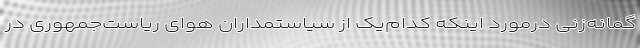
گمانه‌زنی درمورد اینکه کدام‌یک از سیاستمداران هوای ریاست‌جمهوری در